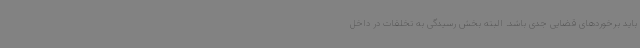
باید برخوردهای قضایی جدی باشد. البته بخش رسیدگی به تخلفات در داخل